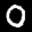
Label: 0